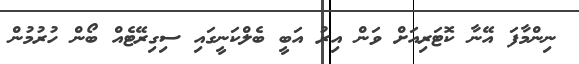
ނިންމާފަ އޭނާ ކޮޓަރިއަށް ވަން އިރު އަބީ ބެލްކަނީގައި ސިގިރޭޓެއް ބޯން ހުރުމުން